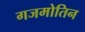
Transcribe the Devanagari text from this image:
गजमोतिन